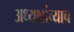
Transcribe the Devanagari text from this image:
अध्यक्षांच्याच